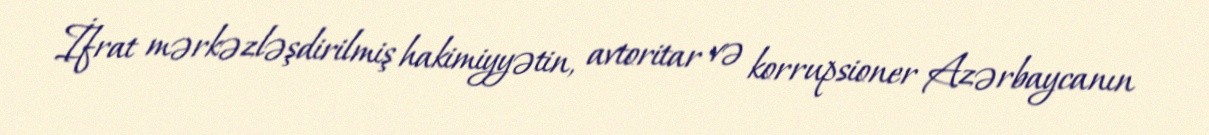
İfrat mərkəzləşdirilmiş hakimiyyətin, avtoritar və korrupsioner Azərbaycanın